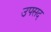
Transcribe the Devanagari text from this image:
उपसद